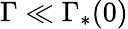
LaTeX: \Gamma\ll\Gamma_{\ast}(0)